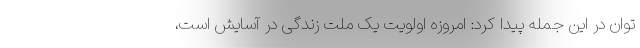
توان در این جمله پیدا کرد: امروزه اولویت یک ملت زندگی در آسایش است،